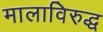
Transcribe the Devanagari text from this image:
मालाविरुद्ध